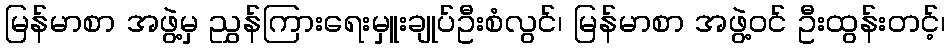
မြန်မာစာ အဖွဲ့မှ ညွှန်ကြားရေးမှူးချုပ်ဦးစံလွင်၊ မြန်မာစာ အဖွဲ့ဝင် ဦးထွန်းတင့်၊